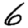
Digit: 6